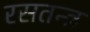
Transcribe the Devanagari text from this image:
रसतन्त्र